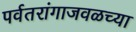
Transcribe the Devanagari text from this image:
पर्वतरांगाजवळच्या